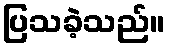
ပြသခဲ့သည်။